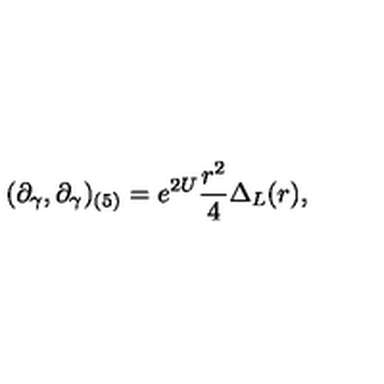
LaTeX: ( \partial _ { \gamma } , \partial _ { \gamma } ) _ { ( 5 ) } = e ^ { 2 U } \frac { r ^ { 2 } } { 4 } \Delta _ { L } ( r ) ,